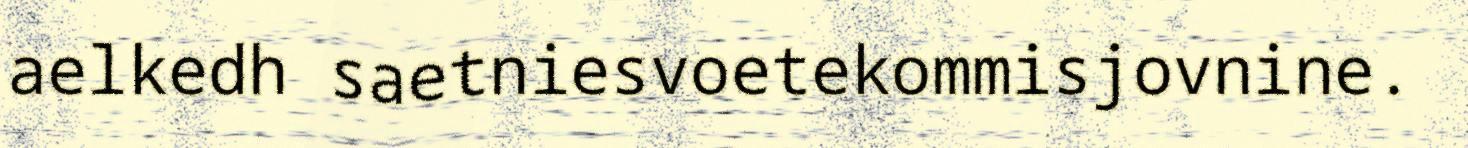
aelkedh saetniesvoetekommisjovnine.